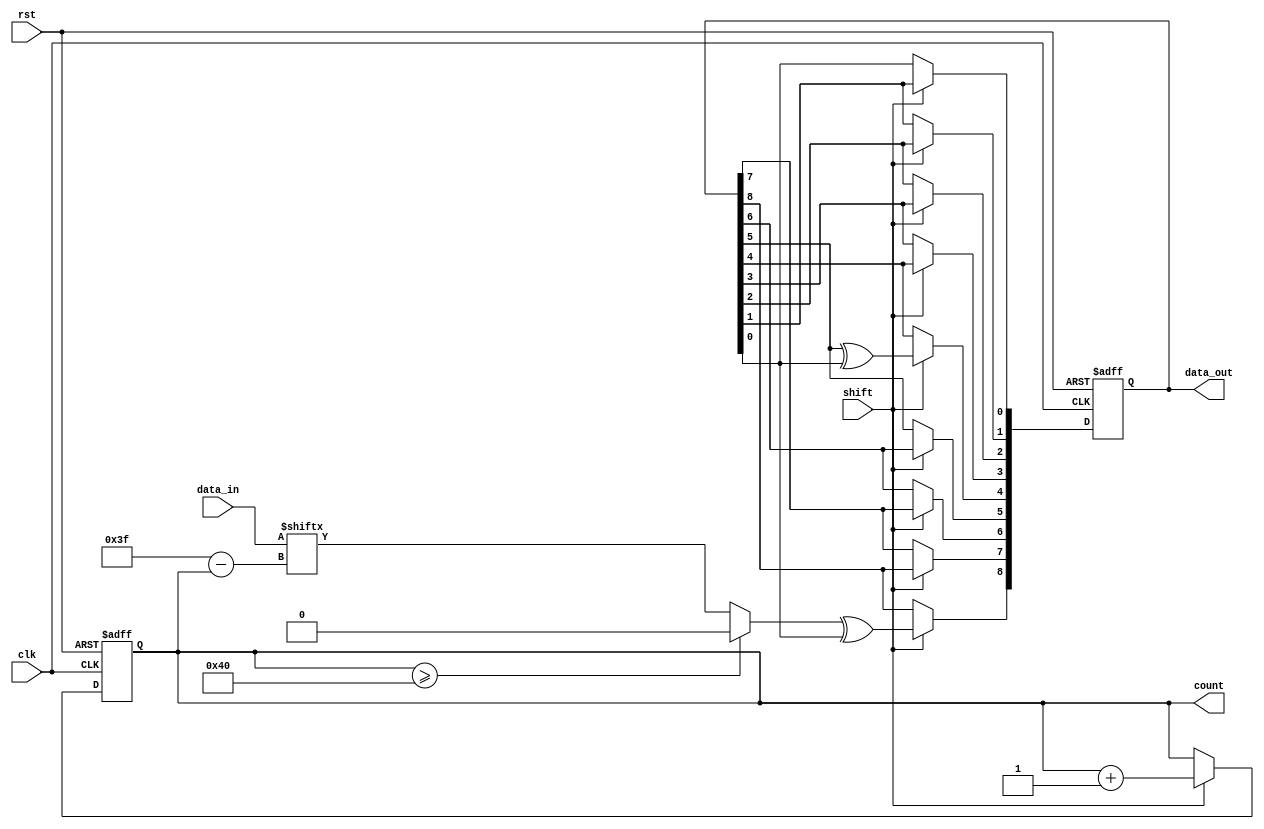
module reg_p #(
    parameter N = 64,
    parameter K = 40
)(
    input clk,
    input rst,
    input shift,
    input [N-1:0] data_in,
    output [10:0] count,
    output [8:0] data_out
);
    reg [8:0] local_reg;
    reg [10:0] local_count;

    assign data_out = local_reg;
    assign count = local_count;
    assign data_in_bit = (local_count >= N) ? 1'b0 : data_in[N-1-local_count];

    always @(posedge clk, posedge rst) begin
        if(rst) begin
            local_reg <= 0;
            local_count <= 0;
        end else if (shift) begin
            local_reg[0] <= local_reg[1];
            local_reg[1] <= local_reg[2];
            local_reg[2] <= local_reg[3];
            local_reg[3] <= local_reg[4];
            local_reg[4] <= local_reg[5] ^ local_reg[0];
            local_reg[5] <= local_reg[6];
            local_reg[6] <= local_reg[7];
            local_reg[7] <= local_reg[8];
            local_reg[8] <= data_in_bit ^ local_reg[0];
            local_count <= local_count + 1;
        end
        // if(shift) $display("[%4t] | local_reg | data_in: %0b | local_count: %2d | data_out: %9b | count: %2d", $time, data_in_bit, local_count, data_out, count);
    end

endmodule